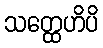
သတ္ထေဟိပိ